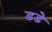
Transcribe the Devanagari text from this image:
डडे